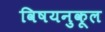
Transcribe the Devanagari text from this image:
विषयनुकूल